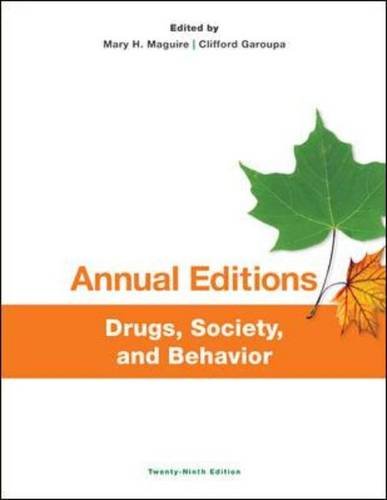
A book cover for Annual Editions: Drugs, Society, and Behavior, 29/e; Mary Maguire; Health, Fitness & Dieting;